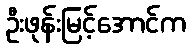
ဦးဖုန်းမြင့်အောင်က